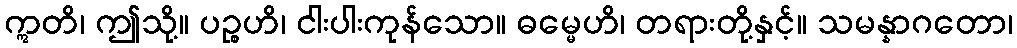
ဣတိ၊ ဤသို့။ ပဉ္စဟိ၊ ငါးပါးကုန်သော။ ဓမ္မေဟိ၊ တရားတို့နှင့်။ သမန္နာဂတော၊